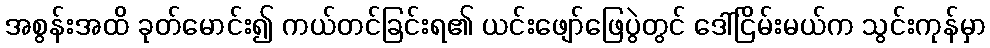
အစွန်းအထိ ခုတ်မောင်း၍ ကယ်တင်ခြင်းရ၏ ယင်းဖျော်ဖြေပွဲတွင် ဒေါ်ငြိမ်းမယ်က သွင်းကုန်မှာ